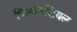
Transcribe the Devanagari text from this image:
फिनांनसियल